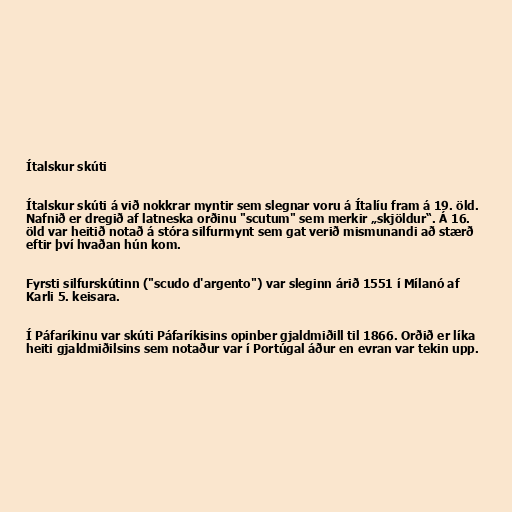
Ítalskur skúti

Ítalskur skúti á við nokkrar myntir sem slegnar voru á Ítalíu fram á 19. öld.
Nafnið er dregið af latneska orðinu "scutum" sem merkir „skjöldur“. Á 16.
öld var heitið notað á stóra silfurmynt sem gat verið mismunandi að stærð
eftir því hvaðan hún kom.

Fyrsti silfurskútinn ("scudo d'argento") var sleginn árið 1551 í Mílanó af
Karli 5. keisara.

Í Páfaríkinu var skúti Páfaríkisins opinber gjaldmiðill til 1866. Orðið er líka
heiti gjaldmiðilsins sem notaður var í Portúgal áður en evran var tekin upp.